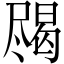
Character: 𱛀